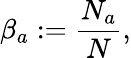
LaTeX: \beta_{a}:=\frac{N_{a}}{N},